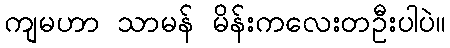
ကျမဟာ သာမန် မိန်းကလေးတဦးပါပဲ။